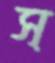
স্